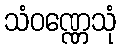
သံဝဏ္ဏေသုံ